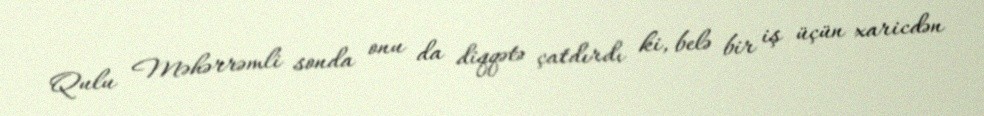
Qulu Məhərrəmli sonda onu da diqqətə çatdırdı ki, belə bir iş üçün xaricdən